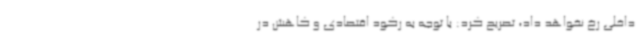
داخلی رخ نخواهد داد، تصریح کرد: با توجه به رکود اقتصادی و کاهش در